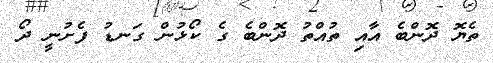
ތެޔޮ ދޮންބެ އާއި ތުއްތު ދޮންބެ ގެ ކޯޅުން ގަނޑު ފެށުނީ ދޯ